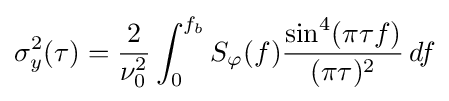
\sigma _{y}^{2}(\tau )={\frac {2}{\nu _{0}^{2}}}\int _{0}^{f_{b}}S_{\varphi }(f){\frac {\sin ^{4}(\pi \tau f)}{(\pi \tau )^{2}}}\,df